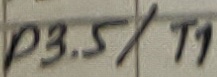
Text: P3.5/T1